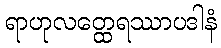
ရာဟုလတ္ထေရဿာပဒါနံ